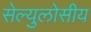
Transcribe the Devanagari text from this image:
सेल्युलोसीय